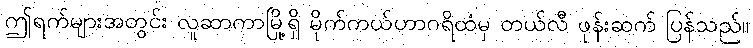
ဤရက်များအတွင်း လူဆာကာမြို့ရှိ မိုက်ကယ်ဟာဂရိထံမှ တယ်လီ ဖုန်းဆက် ပြန်သည်။